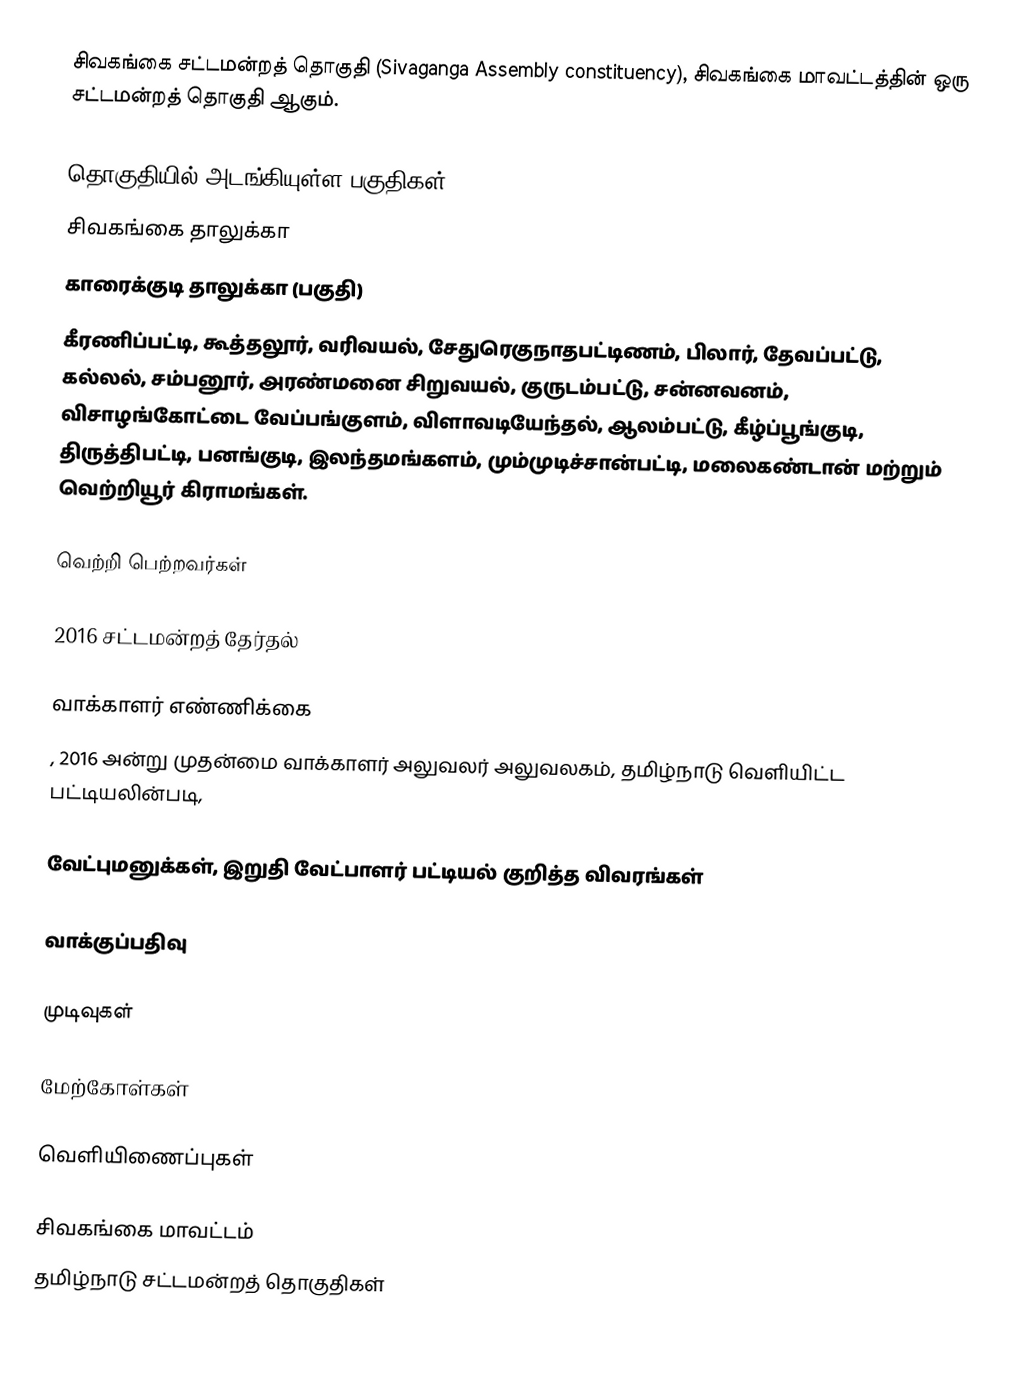
சிவகங்கை சட்டமன்றத் தொகுதி (Sivaganga Assembly constituency), சிவகங்கை மாவட்டத்தின் ஒரு சட்டமன்றத் தொகுதி ஆகும்.

தொகுதியில் அடங்கியுள்ள பகுதிகள்
சிவகங்கை தாலுக்கா
காரைக்குடி தாலுக்கா (பகுதி)
கீரணிப்பட்டி, கூத்தலூர், வரிவயல், சேதுரெகுநாதபட்டிணம், பிலார், தேவப்பட்டு, கல்லல், சம்பனூர், அரண்மனை சிறுவயல், குருடம்பட்டு, சன்னவனம், விசாழங்கோட்டை வேப்பங்குளம், விளாவடியேந்தல், ஆலம்பட்டு, கீழ்ப்பூங்குடி, திருத்திபட்டி, பனங்குடி, இலந்தமங்களம், மும்முடிச்சான்பட்டி, மலைகண்டான் மற்றும் வெற்றியூர் கிராமங்கள்.

வெற்றி பெற்றவர்கள்

2016 சட்டமன்றத் தேர்தல்

வாக்காளர் எண்ணிக்கை
, 2016 அன்று முதன்மை வாக்காளர் அலுவலர் அலுவலகம், தமிழ்நாடு வெளியிட்ட பட்டியலின்படி,

வேட்புமனுக்கள், இறுதி வேட்பாளர் பட்டியல் குறித்த விவரங்கள்

வாக்குப்பதிவு

முடிவுகள்

மேற்கோள்கள்

வெளியிணைப்புகள்

சிவகங்கை மாவட்டம்
தமிழ்நாடு சட்டமன்றத் தொகுதிகள்